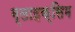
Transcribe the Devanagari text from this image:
ग्लाइक्सिम